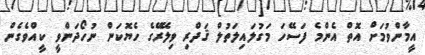
އީމާންވުމަށް އޮތް އެންމެ ފަސޭހަ މަގުލައިލަތުލް ޤަދްރި ވިލޭރޭގެ ހެޔޮކަން ނުހޯދަންވީ ކީއްވެގެން